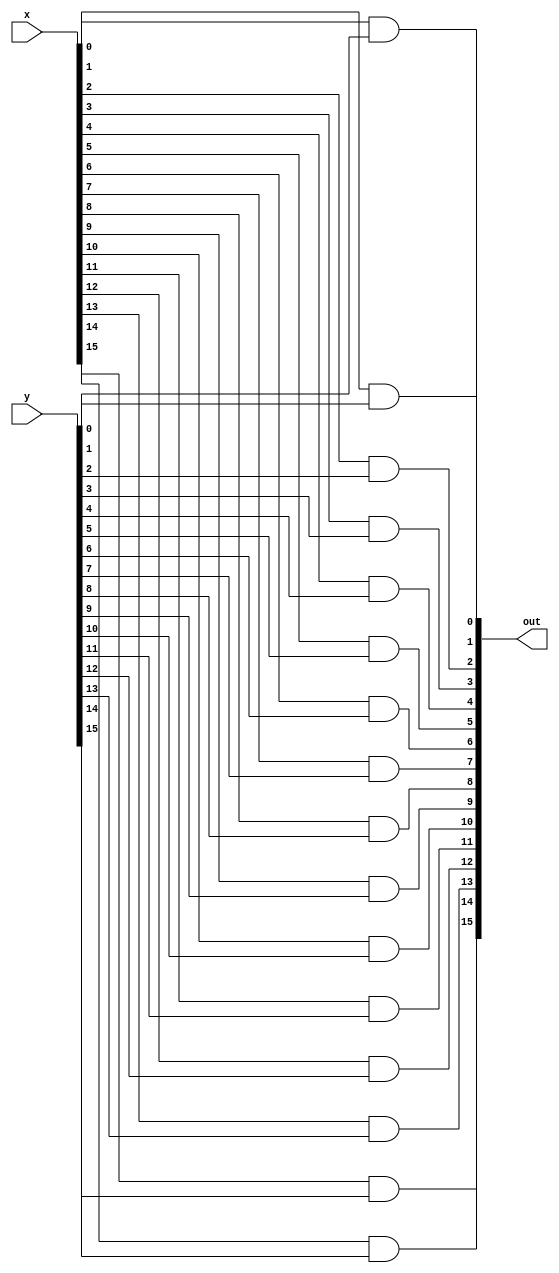
`timescale 1ns / 1ps
//////////////////////////////////////////////////////////////////////////////////
// Company: 
// Engineer: 
// 
// Design Name: 
// Module Name: log_AND
// Project Name: 
// Target Devices: 
// Tool Versions: 
// Description: 
// 
// Dependencies: 
// 
// Revision:
// Revision 0.01 - File Created
// Additional Comments:
// 
//////////////////////////////////////////////////////////////////////////////////


module log_AND(x,y,out);
input[15:0] x;                  // Register 1 16-bit
input[15:0] y;                  // Register 2 16-bit
output[15:0] out;               // Output of ALU Result

and bit0 (out[0], x[0], y[0]);
and bit1 (out[1], x[1], y[1]);
and bit2 (out[2], x[2], y[2]);
and bit3 (out[3], x[3], y[3]);
and bit4 (out[4], x[4], y[4]);
and bit5 (out[5], x[5], y[5]);
and bit6 (out[6], x[6], y[6]);
and bit7 (out[7], x[7], y[7]);
and bit8 (out[8], x[8], y[8]);
and bit9 (out[9], x[9], y[9]);
and bit10 (out[10], x[10], y[10]);
and bit11 (out[11], x[11], y[11]);
and bit12 (out[12], x[12], y[12]);
and bit13 (out[13], x[13], y[13]);
and bit14 (out[14], x[14], y[14]);
and bit15 (out[15], x[15], y[15]);

endmodule